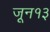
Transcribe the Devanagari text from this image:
जून१३